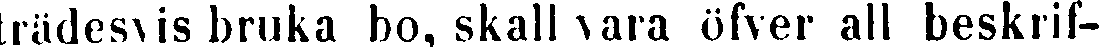
trädesvis bruka bo, skall vara öfver all beskrif-